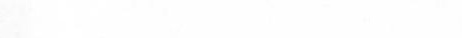
装的，王奶奶一共买了多少个月饼?